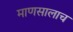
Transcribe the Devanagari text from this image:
माणसालाच